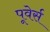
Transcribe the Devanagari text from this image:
पूवेर्स